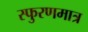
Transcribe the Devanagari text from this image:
स्फुरणमात्र